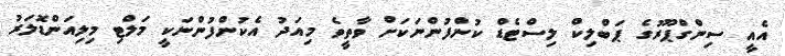
އެއީ ސިންގްޕޫރުގެ ޕަބްލިކް ލިސްޓެޑް ކުންފުންނަކަށް ވާތީވެ މިއަދު އެކުންފުންނަކީ މަލްޓި މިލިއަންޑޮލަރު